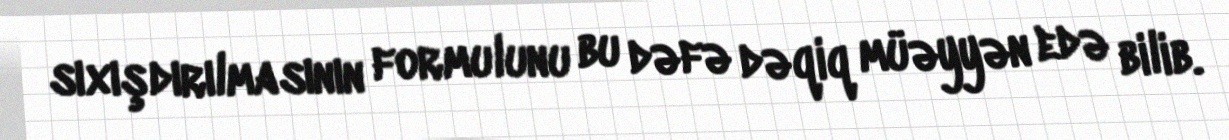
sıxışdırılmasının formulunu bu dəfə dəqiq müəyyən edə bilib.